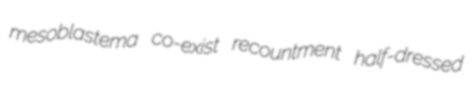
mesoblastema co-exist recountment half-dressed